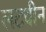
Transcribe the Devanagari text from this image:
लटवीन